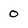
Character: 0